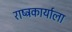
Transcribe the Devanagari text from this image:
राष्ट्रकार्याला